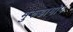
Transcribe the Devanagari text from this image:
मुरुडागोप